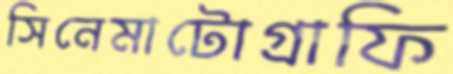
সিনেমাটোগ্রাফি